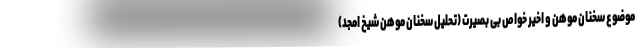
موضوع سخنان موهن و اخیر خواص بی بصیرت (تحلیل سخنان موهن شیخ امجد)